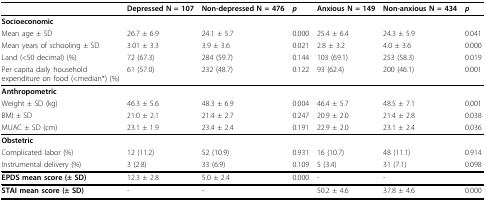
<table><thead><tr><td></td><td><b>Depressed N = 107</b></td><td><b>Non-depressed N = 476</b></td><td><b><i>p</i></b></td><td><b>Anxious N = 149</b></td><td><b>Non-anxious N = 434</b></td><td><b><i>p</i></b></td></tr></thead><tbody><tr><td><b>Socioeconomic</b></td><td></td><td></td><td></td><td></td><td></td><td></td></tr><tr><td>Mean age ± SD</td><td>26.7 ± 6.9</td><td>24.1 ± 5.7</td><td>0.000</td><td>25.4 ± 6.4</td><td>24.3 ± 5.9</td><td>0.041</td></tr><tr><td>Mean years of schooling ± SD</td><td>3.01 ± 3.3</td><td>3.9 ± 3.6</td><td>0.021</td><td>2.8 ± 3.2</td><td>4.0 ± 3.6</td><td>0.000</td></tr><tr><td>Land (&lt;50 decimal) (%)</td><td>72 (67.3)</td><td>284 (59.7)</td><td>0.144</td><td>103 (69.1)</td><td>253 (58.3)</td><td>0.019</td></tr><tr><td>Per capita daily household expenditure on food (&lt;median*) (%)</td><td>61 (57.0)</td><td>232 (48.7)</td><td>0.122</td><td>93 (62.4)</td><td>200 (46.1)</td><td>0.001</td></tr><tr><td><b>Anthropometric</b></td><td></td><td></td><td></td><td></td><td></td><td></td></tr><tr><td>Weight ± SD (kg)</td><td>46.3 ± 5.6</td><td>48.3 ± 6.9</td><td>0.004</td><td>46.4 ± 5.7</td><td>48.5 ± 7.1</td><td>0.001</td></tr><tr><td>BMI ± SD</td><td>21.0 ± 2.1</td><td>21.4 ± 2.7</td><td>0.247</td><td>20.9 ± 2.0</td><td>21.4 ± 2.8</td><td>0.038</td></tr><tr><td>MUAC ± SD (cm)</td><td>23.1 ± 1.9</td><td>23.4 ± 2.4</td><td>0.191</td><td>22.9 ± 2.0</td><td>23.1 ± 2.4</td><td>0.036</td></tr><tr><td><b>Obstetric</b></td><td></td><td></td><td></td><td></td><td></td><td></td></tr><tr><td>Complicated labor (%)</td><td>12 (11.2)</td><td>52 (10.9)</td><td>0.931</td><td>16 (10.7)</td><td>48 (11.1)</td><td>0.914</td></tr><tr><td>Instrumental delivery (%)</td><td>3 (2.8)</td><td>33 (6.9)</td><td>0.109</td><td>5 (3.4)</td><td>31 (7.1)</td><td>0.098</td></tr><tr><td><b>EPDS mean score (± SD)</b></td><td>12.3 ± 2.8</td><td>5.0 ± 2.4</td><td>0.000</td><td>-</td><td>-</td><td></td></tr><tr><td><b>STAI mean score (± SD)</b></td><td>-</td><td>-</td><td></td><td>50.2 ± 4.6</td><td>37.8 ± 4.6</td><td>0.000</td></tr></tbody></table>